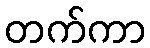
တက်ကာ